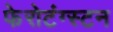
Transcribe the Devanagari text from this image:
फेरोटंग्स्टन